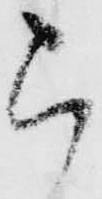
被